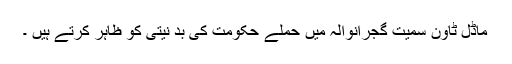
ماڈل ٹاون سمیت گجرانوالہ میں حملے حکومت کی بد نیتی کو ظاہر کرتے ہیں ۔